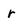
Character: r